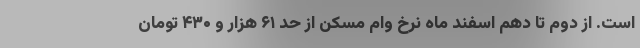
است. از دوم تا دهم اسفند ماه نرخ وام مسکن از حد ۶۱ هزار و ۴۳۰ تومان